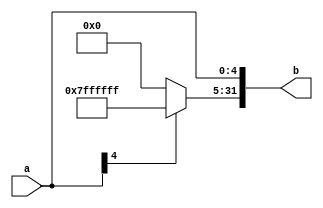
`timescale 1ns / 1ps
//////////////////////////////////////////////////////////////////////////////////
// Company: 
// Engineer: 
// 
// Design Name: 
// Module Name: ext5
// Project Name: 
// Target Devices: 
// Tool Versions: 
// Description: 
// 
// Dependencies: 
// 
// Revision:
// Revision 0.01 - File Created
// Additional Comments:
// 
//////////////////////////////////////////////////////////////////////////////////


module ext5 #(parameter DEPTH=5)(
input [DEPTH-1:0] a,
output reg [31:0] b
    );
always@(a)
begin
  if(a[DEPTH-1]==1)
  begin
    b[31:0]=32'hffffffff;
    b[DEPTH-1:0]=a[DEPTH-1:0];
  end
  else
  begin
    b[31:0]=32'h00000000;
    b[DEPTH-1:0]=a[DEPTH-1:0];
  end
end
endmodule